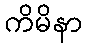
ကိမိနာ